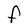
Character: F